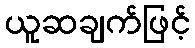
ယူဆချက်ဖြင့်